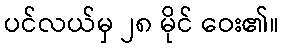
ပင်လယ်မှ ၂၈ မိုင် ဝေး၏။